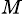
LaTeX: ^{M}